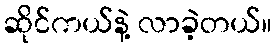
ဆိုင်ကယ်နဲ့ လာခဲ့တယ်။